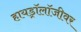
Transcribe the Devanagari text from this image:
हायड्रॉलॉजीवर